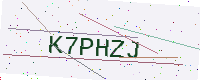
Text: K7PHZJ